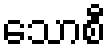
သောစီ